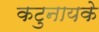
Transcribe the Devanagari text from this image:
कटुनायके